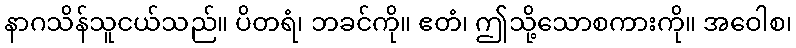
နာဂသိန်သူငယ်သည်။ ပိတရံ၊ ဘခင်ကို။ ဧတံ၊ ဤသို့သောစကားကို။ အဝေါစ၊